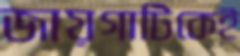
জায়গাটিকেই